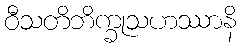
ဝီသတိဘိက္ခုသဟဿာနိ